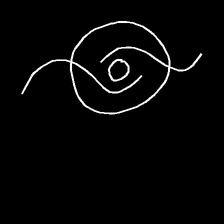
Glyph: repetition